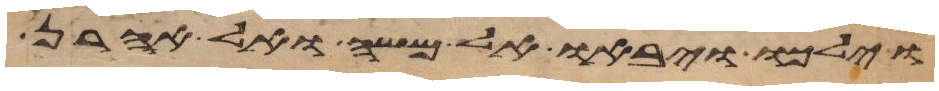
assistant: וילכו ויבאו אל משה ואל אהרן